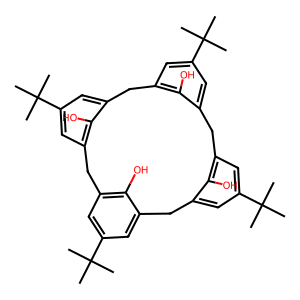
SMILES: CC(C)(C)c1cc2c(O)c(c1)Cc1cc(C(C)(C)C)cc(c1O)Cc1cc(C(C)(C)C)cc(c1O)Cc1cc(C(C)(C)C)cc(c1O)C2
Inhibits HIV replication: No